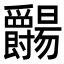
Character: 𬋺